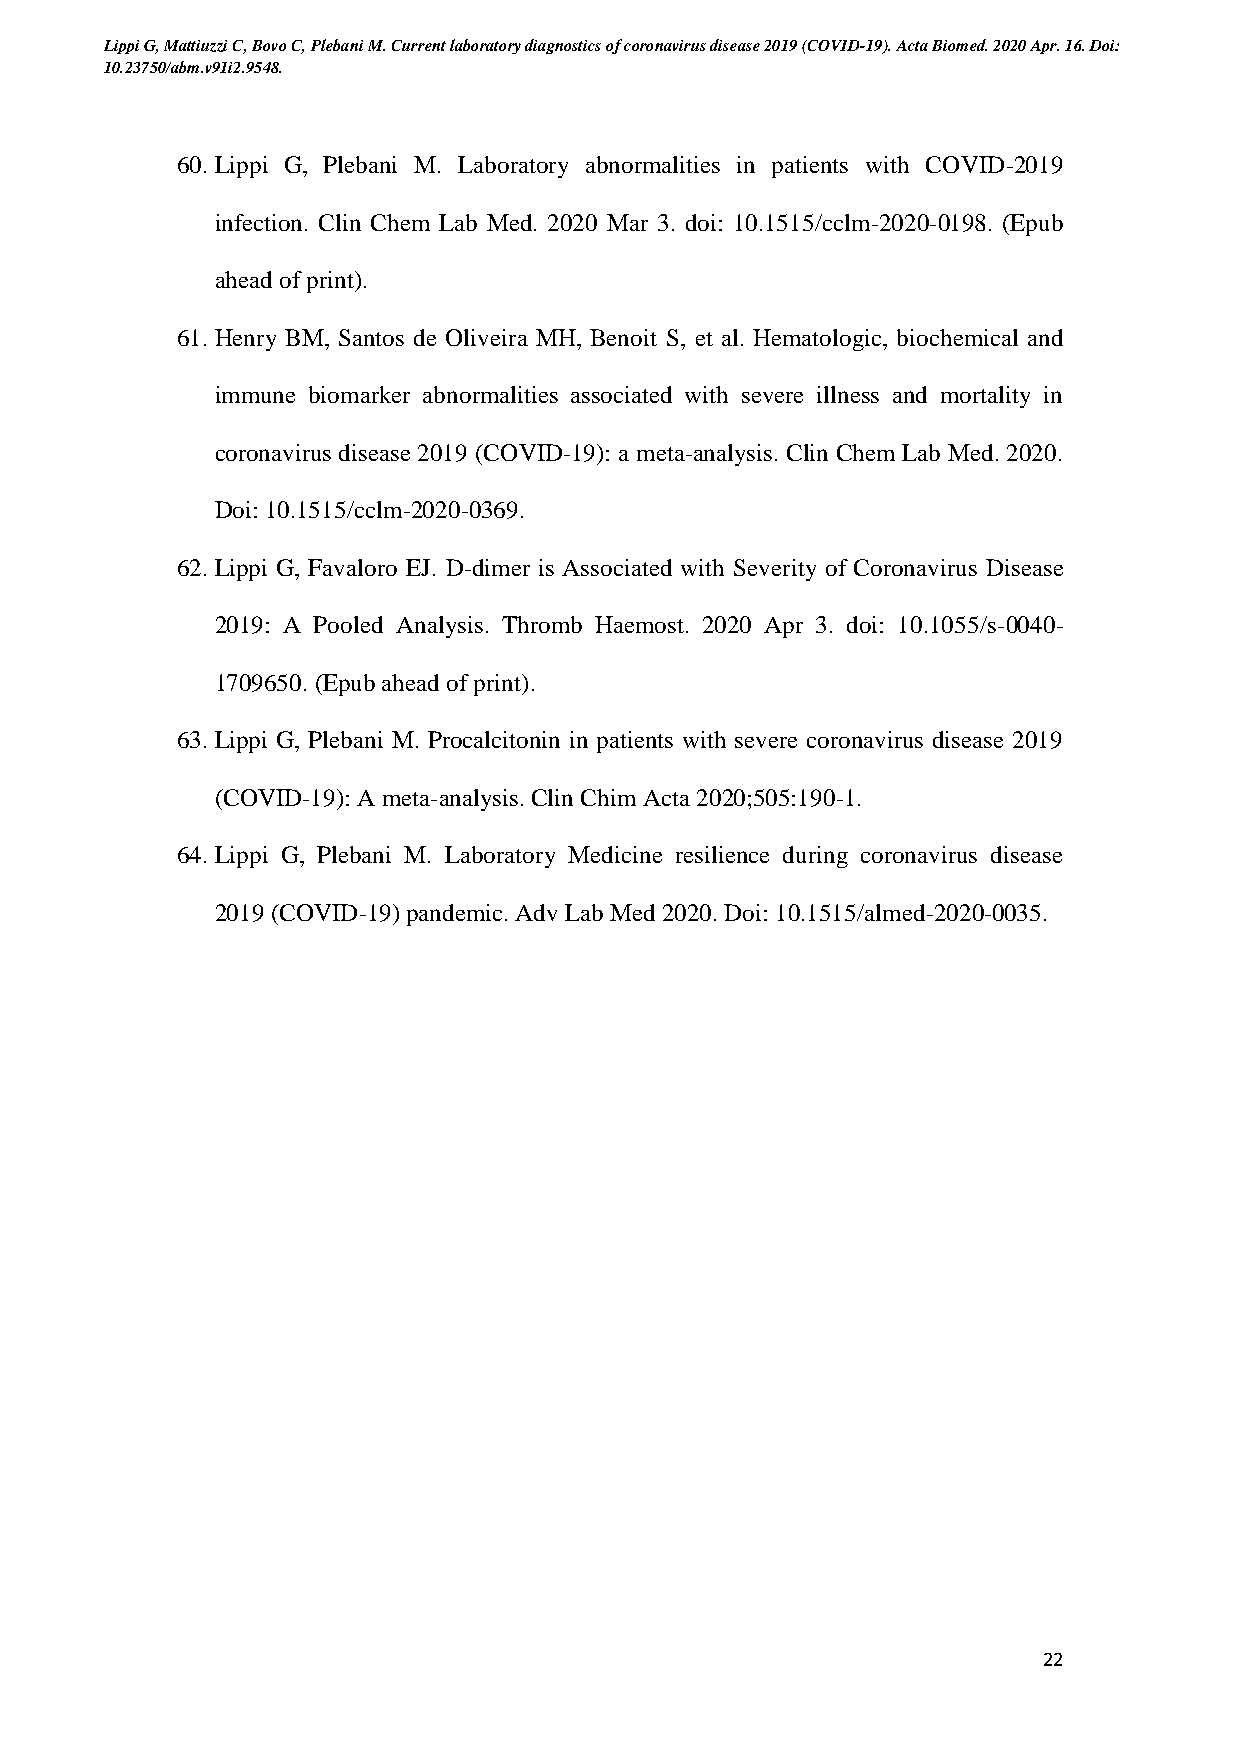
Lippi G, Mattiuzzi C, Bovo C, Plebani M. Current laboratory diagnostics of coronavirus disease 2019 (COVID-19). Acta Biomed. 2020 Apr. 16. Doi:
 10.23750/abm.v91i2.9548.
 60. Lippi G, Plebani M. Laboratory abnormalities in patients with COVID-2019
 infection. Clin Chem Lab Med. 2020 Mar 3. doi: 10.1515/cclm-2020-0198. (Epub
 ahead of print).
 61. Henry BM, Santos de Oliveira MH, Benoit S, et al. Hematologic, biochemical and
 immune biomarker abnormalities associated with severe illness and mortality in
 coronavirus disease 2019 (COVID-19): a meta-analysis. Clin Chem Lab Med. 2020.
 Doi: 10.1515/cclm-2020-0369.
 62. Lippi G, Favaloro EJ. D-dimer is Associated with Severity of Coronavirus Disease
 2019: A Pooled Analysis. Thromb Haemost. 2020 Apr 3. doi: 10.1055/s-0040-
 1709650. (Epub ahead of print).
 63. Lippi G, Plebani M. Procalcitonin in patients with severe coronavirus disease 2019
 (COVID-19): A meta-analysis. Clin Chim Acta 2020;505:190-1.
 64. Lippi G, Plebani M. Laboratory Medicine resilience during coronavirus disease
 2019 (COVID-19) pandemic. Adv Lab Med 2020. Doi: 10.1515/almed-2020-0035.
 22